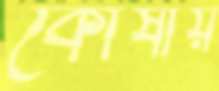
কোষীয়